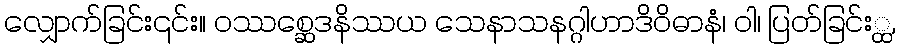
လျှောက်ခြင်း၎င်း။ ဝဿစ္ဆေဒနိဿယ သေနာသနဂ္ဂါဟာဒိဝိဓာနံ၊ ဝါ၊ ပြတ်ခြင်း္ထ,